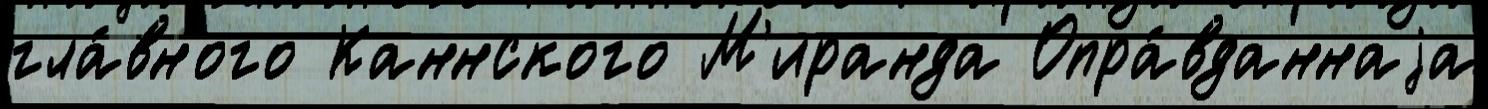
гла́вного Каннского М'иранда Опра́вданнаjа